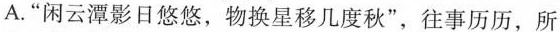
A.”闲云潭影日悠悠，物换星移几度秋”，往事历历，所